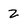
Character: z